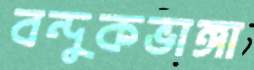
বন্দুকভাঙ্গা